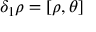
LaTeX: \delta _ { 1 } \rho = [ \rho , \theta ]